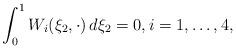
LaTeX: \begin{align*}\int_0^1 {W}_i(\xi_2,\cdot)\, d\xi_2 = 0, i=1,\ldots,4,\end{align*}